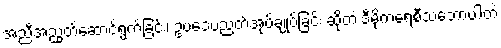
အညီအညွတ်ဆောင်ရွက်ခြင်း၊ ဥပဒေပညတ်အုပ်ချုပ်ခြင်း ဆိုတဲ့ ဒီမိုကရေစီသဘောပါတဲ့